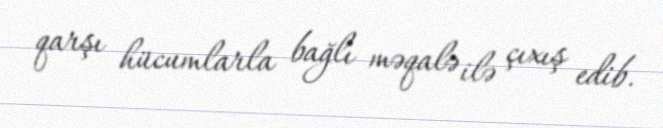
qarşı hücumlarla bağlı məqalə ilə çıxış edib.